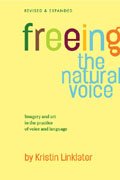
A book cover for Freeing the Natural Voice: Imagery and Art in the Practice of Voice and Language; Kristin Linklater; Humor & Entertainment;